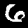
Label: 6